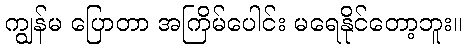
ကျွန်မ ပြောတာ အကြိမ်ပေါင်း မရေနိုင်တော့ဘူး။